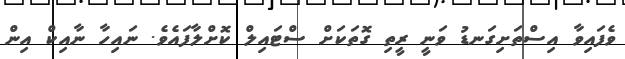
ވެފައިވާ އިސްތަށިގަނޑު ވަނީ ރީތި ގޮތަކަށް ސްޓައިލް ކޮށްލާފައެވެ. ނައިހާ ނާއިކް އިން